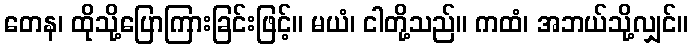
တေန၊ ထိုသို့ပြောကြားခြင်းဖြင့်။ မယံ၊ ငါတို့သည်။ ကထံ၊ အဘယ်သို့လျှင်။